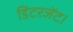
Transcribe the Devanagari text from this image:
डिटरजेंट।